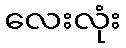
လေးလုံး